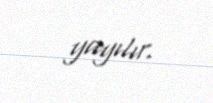
yayılır.